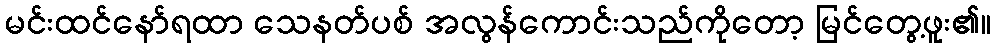
မင်းထင်နော်ရထာ သေနတ်ပစ် အလွန်ကောင်းသည်ကိုတော့ မြင်တွေ့ဖူး၏။